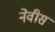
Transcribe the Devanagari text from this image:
नेवीस